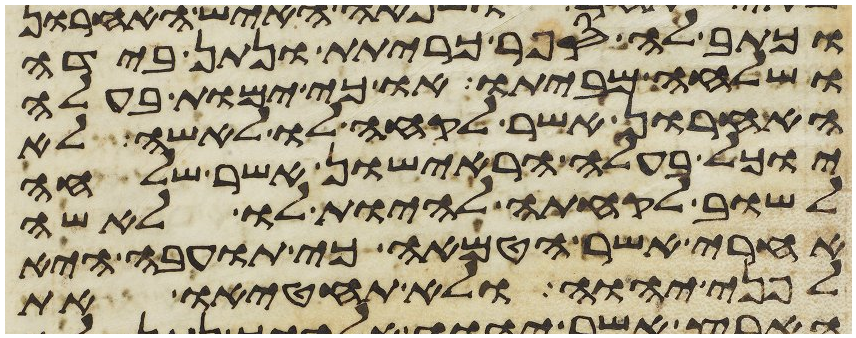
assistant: וכתב לה ספר כריתת ונתן בידה
ושלחה מביתו או כי ימות בעלה
האחרון אשר לקחה לו לאשה לא
יוכל בעלה הראישון אשר שלחה
לשוב לקחתה להיות לו לאשה
אחרי אשר הטמאה כי תועבה היא
לפני יהוה ולא תחטיאו את